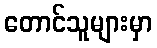
တောင်သူများမှာ